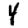
Digit: 4